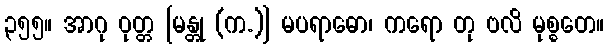
၃၅၅။ အာဂု ဝုတ္တ [မန္တု (က.)] မပရာဓော၊ ကရော တု ဗလိ မုစ္စတေ။